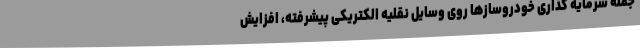
جمله سرمایه گذاری خودروسازها روی وسایل نقلیه الکتریکی پیشرفته، افزایش